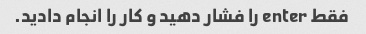
فقط enter را فشار دهید و کار را انجام دادید.